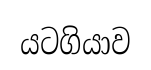
යටගියාව